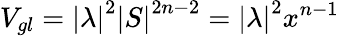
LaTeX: V_{gl}=\left|\lambda\right|^{2}\left|S\right|^{2n-2}=\left|\lambda\right|^{2}x^{n-1}